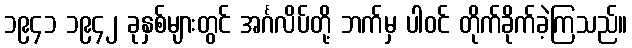
၁၉၄၁ ၁၉၄၂ ခုနှစ်များတွင် အင်္ဂလိပ်တို့ ဘက်မှ ပါဝင် တိုက်ခိုက်ခဲ့ကြသည်။